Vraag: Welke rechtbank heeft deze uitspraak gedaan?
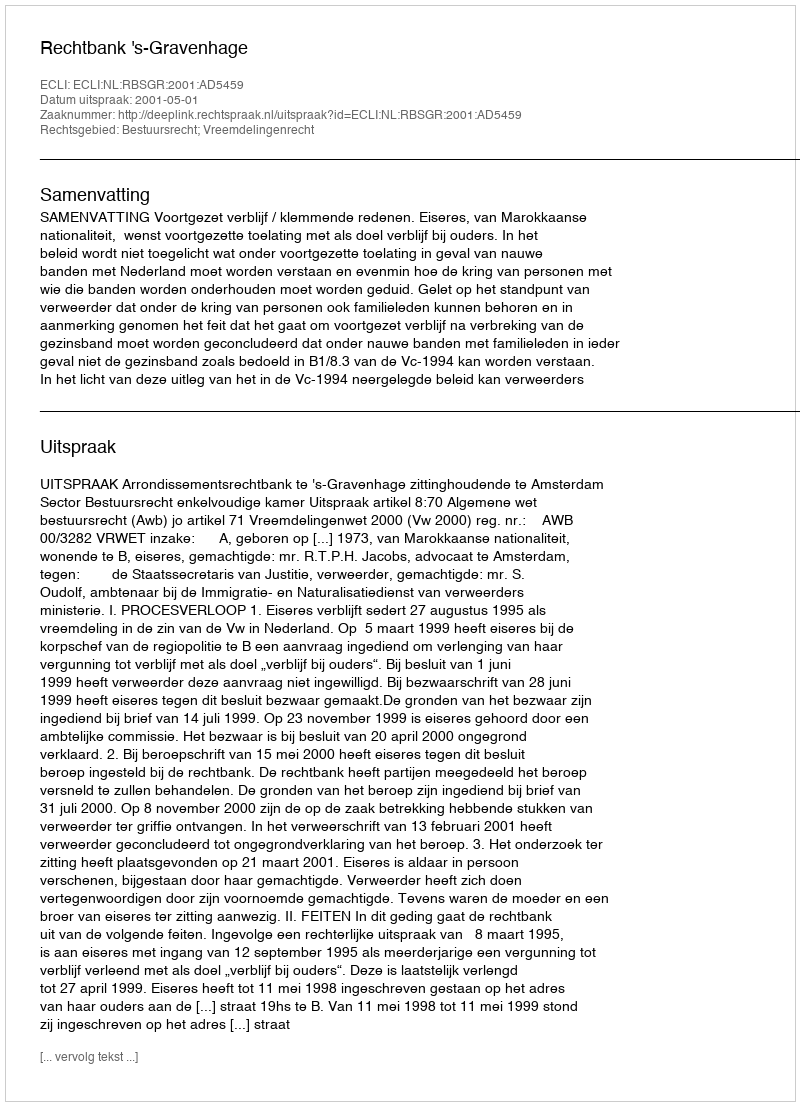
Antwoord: Rechtbank 's-Gravenhage